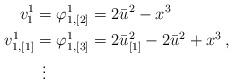
LaTeX: \begin{align*}v_{1}^{1} & =\varphi_{1,[2]}^{1}=2\bar{u}^{2}-x^{3}\\v_{1,[1]}^{1} & =\varphi_{1,[3]}^{1}=2\bar{u}_{[1]}^{2}-2\bar{u}^{2}+x^{3}\,,\\ & \:\:\vdots\end{align*}